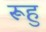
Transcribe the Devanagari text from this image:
रूहु